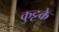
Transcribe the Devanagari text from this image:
कुट्टके